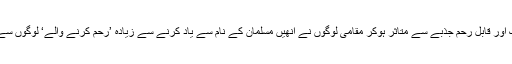
اُن کے حُسنِ سلوک اور قابلِ رحم جذبے سے متاثر ہوکر مقامی لوگوں نے انھیں مسلمان کے نام سے یاد کرنے سے زیادہ ’رحم کرنے والے‘ لوگوں سے پہچانا اور پکارا۔